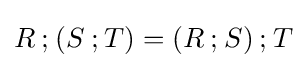
R\mathbin {;} (S\mathbin {;} T)=(R\mathbin {;} S)\mathbin {;} T